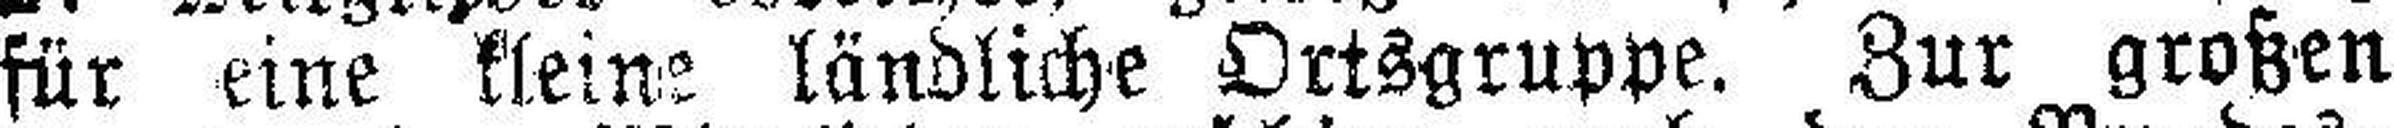
für eine kleine ländliche Ortsgruppe. Zur großen